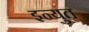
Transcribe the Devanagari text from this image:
इन्युत